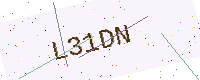
Text: L31DN